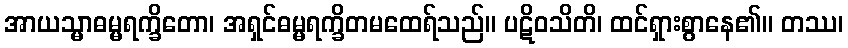
အာယသ္မာဓမ္မရက္ခိတော၊ အရှင်ဓမ္မရက္ခိတမထေရ်သည်။ ပဋိဝသိတိ၊ ထင်ရှားစွာနေ၏။ တဿ၊